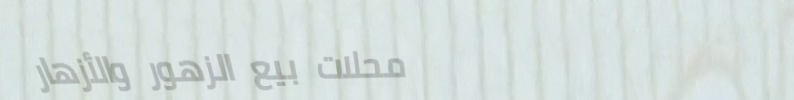
محلات بيع الزهور والأزهار